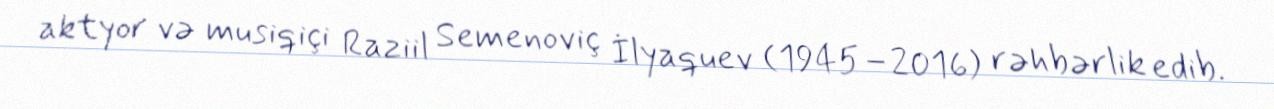
aktyor və musiqiçi Raziil Semenoviç İlyaquev (1945–2016) rəhbərlik edib.